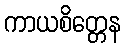
ကာယစိတ္တေန